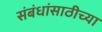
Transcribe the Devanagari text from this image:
संबंधांसाठीच्या